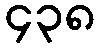
၄၃၈